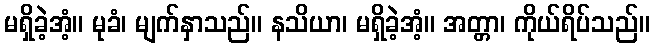
မရှိခဲ့အံ့။ မုခံ၊ မျက်နှာသည်။ နသိယာ၊ မရှိခဲ့အံ့။ အတ္တာ၊ ကိုယ်ရိပ်သည်။